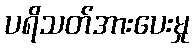
ပရိသတ်အားပေးမှု